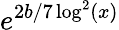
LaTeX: e^{2b/7\log^{2}(x)}